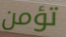
تؤمن